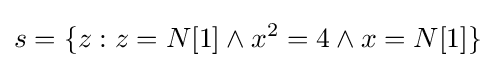
s=\{z:z=N[1]\land x^{2}=4\land x=N[1]\}